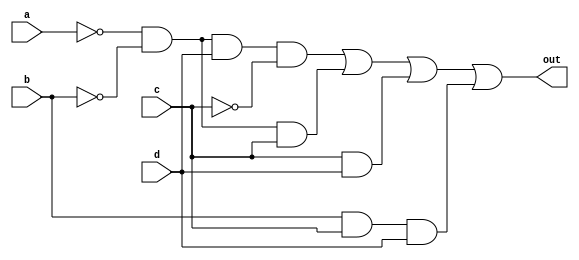
module top_module(
    input a,
    input b,
    input c,
    input d,
    output out
); 
    // Simplified Boolean Expression: F = a'b'd' + a'b'c + cd + bcd
    assign out = (~a & ~b & d & ~c) | (~a & ~b & c) | (c &d) |  (b & c & d);
endmodule